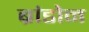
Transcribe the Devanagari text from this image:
ब्रांडोन